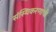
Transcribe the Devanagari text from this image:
संस्थिकरणाची